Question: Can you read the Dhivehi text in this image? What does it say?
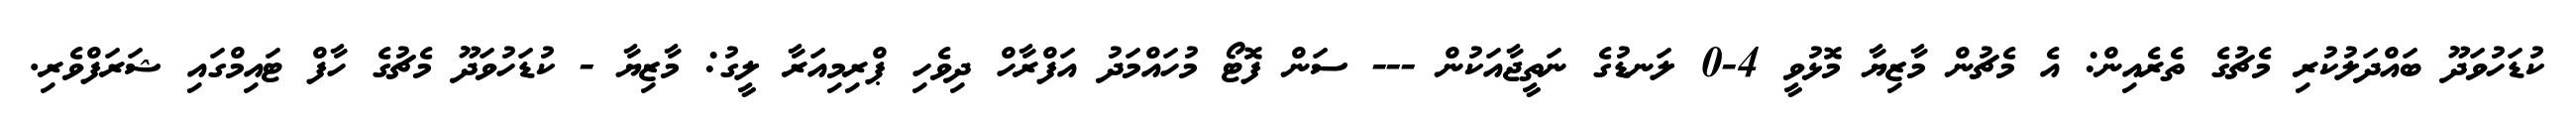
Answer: ކުޑަހުވަދޫ ބައްދަލުކުރި މެޗުގެ ތެރެއިން: އެ މެޗުން މާޒިޔާ މޮޅުވީ 4-0 ލަނޑުގެ ނަތީޖާއަކުން --- ސަން ފޮޓޯ މުހައްމަދު އަފްރާހް ދިވެހި ޕްރިމިއަރާ ލީގު: މާޒިޔާ - ކުޑަހުވަދޫ މެޗުގެ ހާފް ޓައިމްގައި ޝަރަފްވެރި.